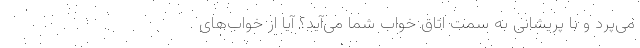
می‌پرد و با پریشانی به سمت اتاق خواب شما می‌آید؟ آیا از خواب‌های